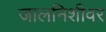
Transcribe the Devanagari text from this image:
जालनिशीवर